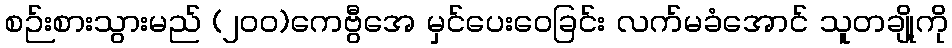
စဉ်းစားသွားမည် (၂၀၀)ကေဗွီအေ မှင်ပေးဝေခြင်း လက်မခံအောင် သူတချို့ကို